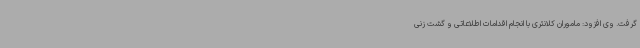
گرفت. وی افزود: ماموران کلانتری با انجام اقدامات اطلاعاتی و گشت زنی